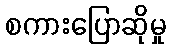
စကားပြောဆိုမှု